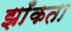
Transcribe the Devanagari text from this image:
झाँकता